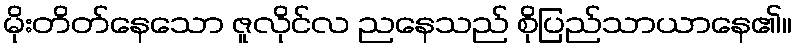
မိုးတိတ်နေသော ဇူလိုင်လ ညနေသည် စိုပြည်သာယာနေ၏။